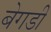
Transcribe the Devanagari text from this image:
बेगडी